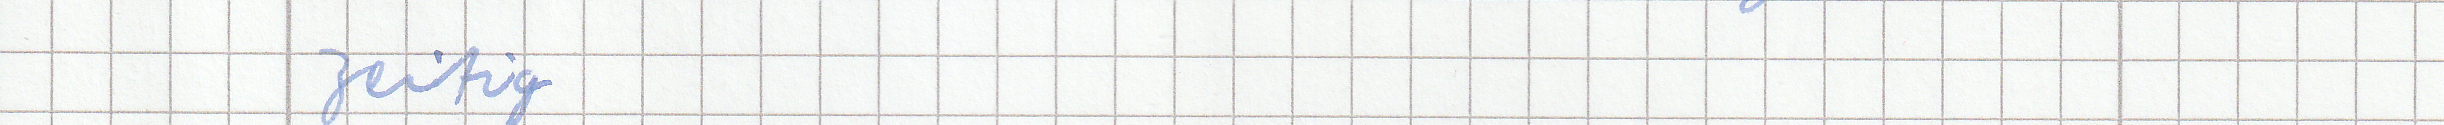
zeitig